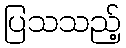
ပြသသည့်